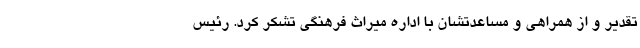
تقدیر و از همراهی و مساعدتشان با اداره میراث فرهنگی تشکر کرد. رئیس